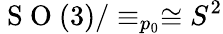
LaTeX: \mathrm{~S~O~}(3)/\equiv_{p_{0}}\cong S^{2}